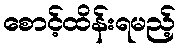
စောင့်ထိန်းရမည့်